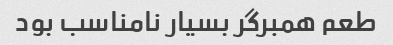
طعم همبرگر بسیار نامناسب بود